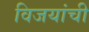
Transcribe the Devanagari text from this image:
विजयांची